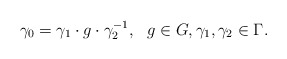
\begin{align*}\gamma _0=\gamma_1\cdot g \cdot\gamma _2^{-1},\ \ g\in G,\gamma_1 ,\gamma _2\in \Gamma.\end{align*}